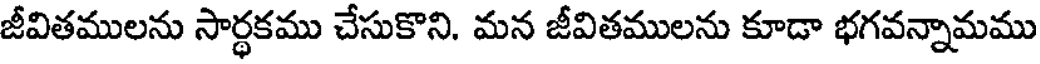
జీవితములను సార్థకము చేసుకొని. మన జీవితములను కూడా భగవన్నామము